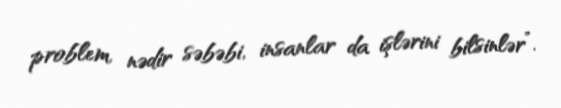
problem, nədir səbəbi, insanlar da işlərini bilsinlər”.